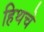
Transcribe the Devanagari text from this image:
हिथचे